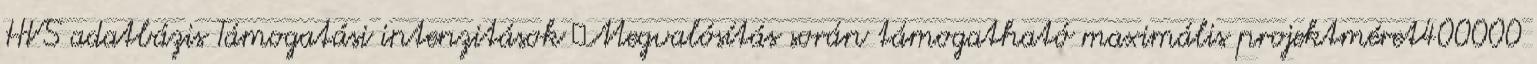
HVS adatbázis Támogatási intenzitások ▪Megvalósítás során támogatható maximális projektméret400000